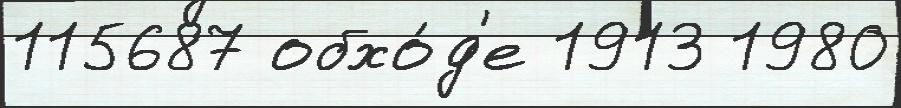
115687 обхо́д'е 1913 1980